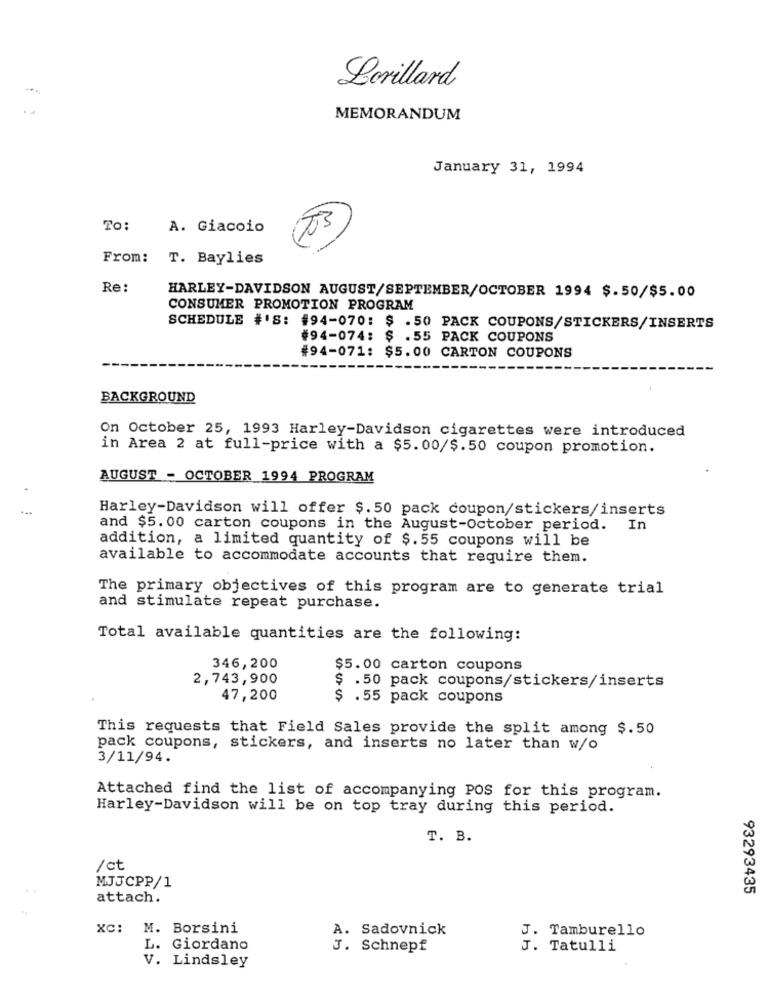
Lorillard
MEMORANDUM
January 31, 1994
To:
A. Giacoio
From:
T. Baylies
Re:
HARLEY-DAVIDSON AUGUST/SEPTEMBER/OCTOBER 1994 $.50/$5.00
CONSUMER PROMOTION PROGRAM
SCHEDULE #'S: #94-070: $ .50 PACK COUPONS/STICKERS/INSERTS
#94-074: $ .55 PACK COUPONS
#94-071: $5.00 CARTON COUPONS
BACKGROUND
On October 25, 1993 Harley-Davidson cigarettes were introduced
in Area 2 at full-price with a $5.00/$.50 coupon promotion.
AUGUST - OCTOBER 1994 PROGRAM
Harley-Davidson will offer $.50 pack coupon/stickers/inserts
and $5.00 carton coupons in the August-October period. In
addition, a limited quantity of $.55 coupons will be
available to accommodate accounts that require them.
The primary objectives of this program are to generate trial
and stimulate repeat purchase.
Total available quantities are the following:
346,200
$5.00 carton coupons
2,743,900
$ .50 pack coupons/stickers/inserts
47,200
$ .55 pack coupons
This requests that Field Sales provide the split among $.50
pack coupons, stickers, and inserts no later than w/o
3/11/94.
Attached find the list of accompanying POS for this program.
Harley-Davidson will be on top tray during this period.
T. B.
/ct
MJJCPP/1
93293435
attach.
XC: M. Borsini
A. Sadovnick
J. Tamburello
L. Giordano
J. Schnepf
J. Tatulli
V. Lindsley